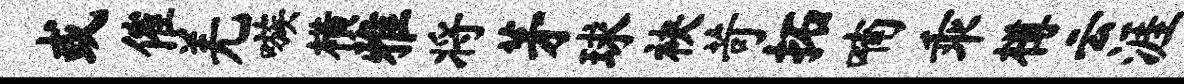
或催羌嗾横雅将茅球袂苛拓喃乖樽云涯